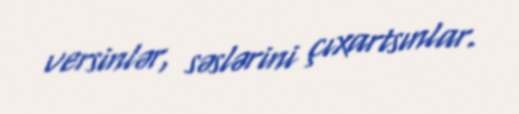
versinlər, səslərini çıxartsınlar.